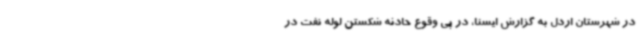
در شهرستان اردل به گزارش ایسنا، در پی وقوع حادثه شکستن لوله نفت در